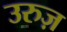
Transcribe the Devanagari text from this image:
उरुज़